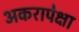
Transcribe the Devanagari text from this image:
अकरापेक्षा